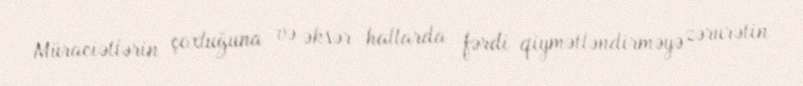
Müraciətlərin çoxluğuna və əksər hallarda fərdi qiymətləndirməyə zərurətin